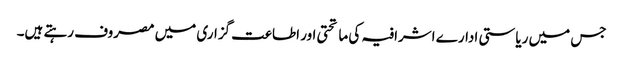
جس میں ریاستی ادارے اشرافیہ کی ماتحتی اور اطاعت گزاری میں مصروف رہتے ہیں۔